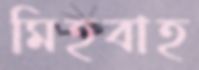
মিহবাহ